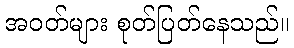
အဝတ်များ စုတ်ပြတ်နေသည်။